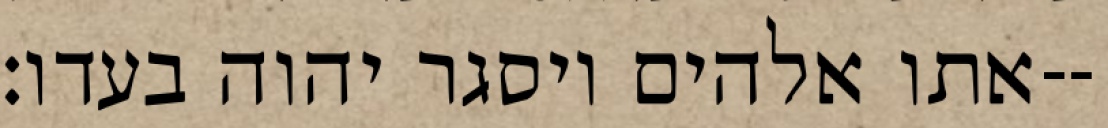
אתו אלהים ויסגר יהוה בעדו׃--